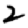
Digit: 2